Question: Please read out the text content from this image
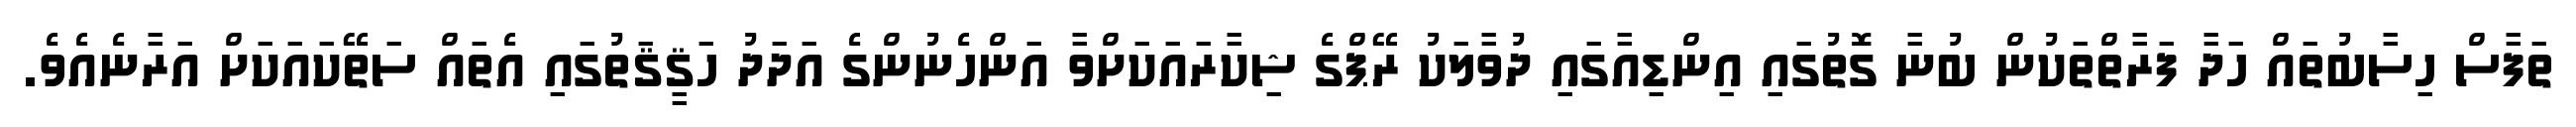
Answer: ތަފާސް ހިސާބުތައް ހަދާ ފަރާތްތަކުން ބުނާ ގޮތުގައި އިންޑިއާގައި ދުވާލަކު ރޭޕްގެ ޝިކާރައަކަށްވާ އަންހެނުންގެ އަދަދު ހަޤީޤަތުގައި އެތައް ސަތޭކައަކަށް އަރާނެއެވެ.